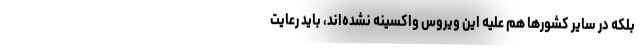
بلکه در سایر کشورها هم علیه این ویروس واکسینه نشده‌اند، باید رعایت